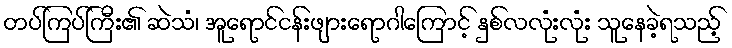
တပ်ကြပ်ကြီး၏ ဆဲသံ၊ အူရောင်ငန်းဖျားရောဂါကြောင့် နှစ်လလုံးလုံး သူနေခဲ့ရသည့်